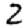
Digit: 2